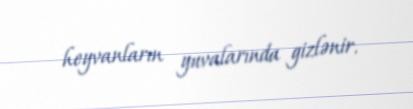
heyvanların yuvalarında gizlənir.